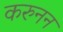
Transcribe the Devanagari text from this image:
करुनन